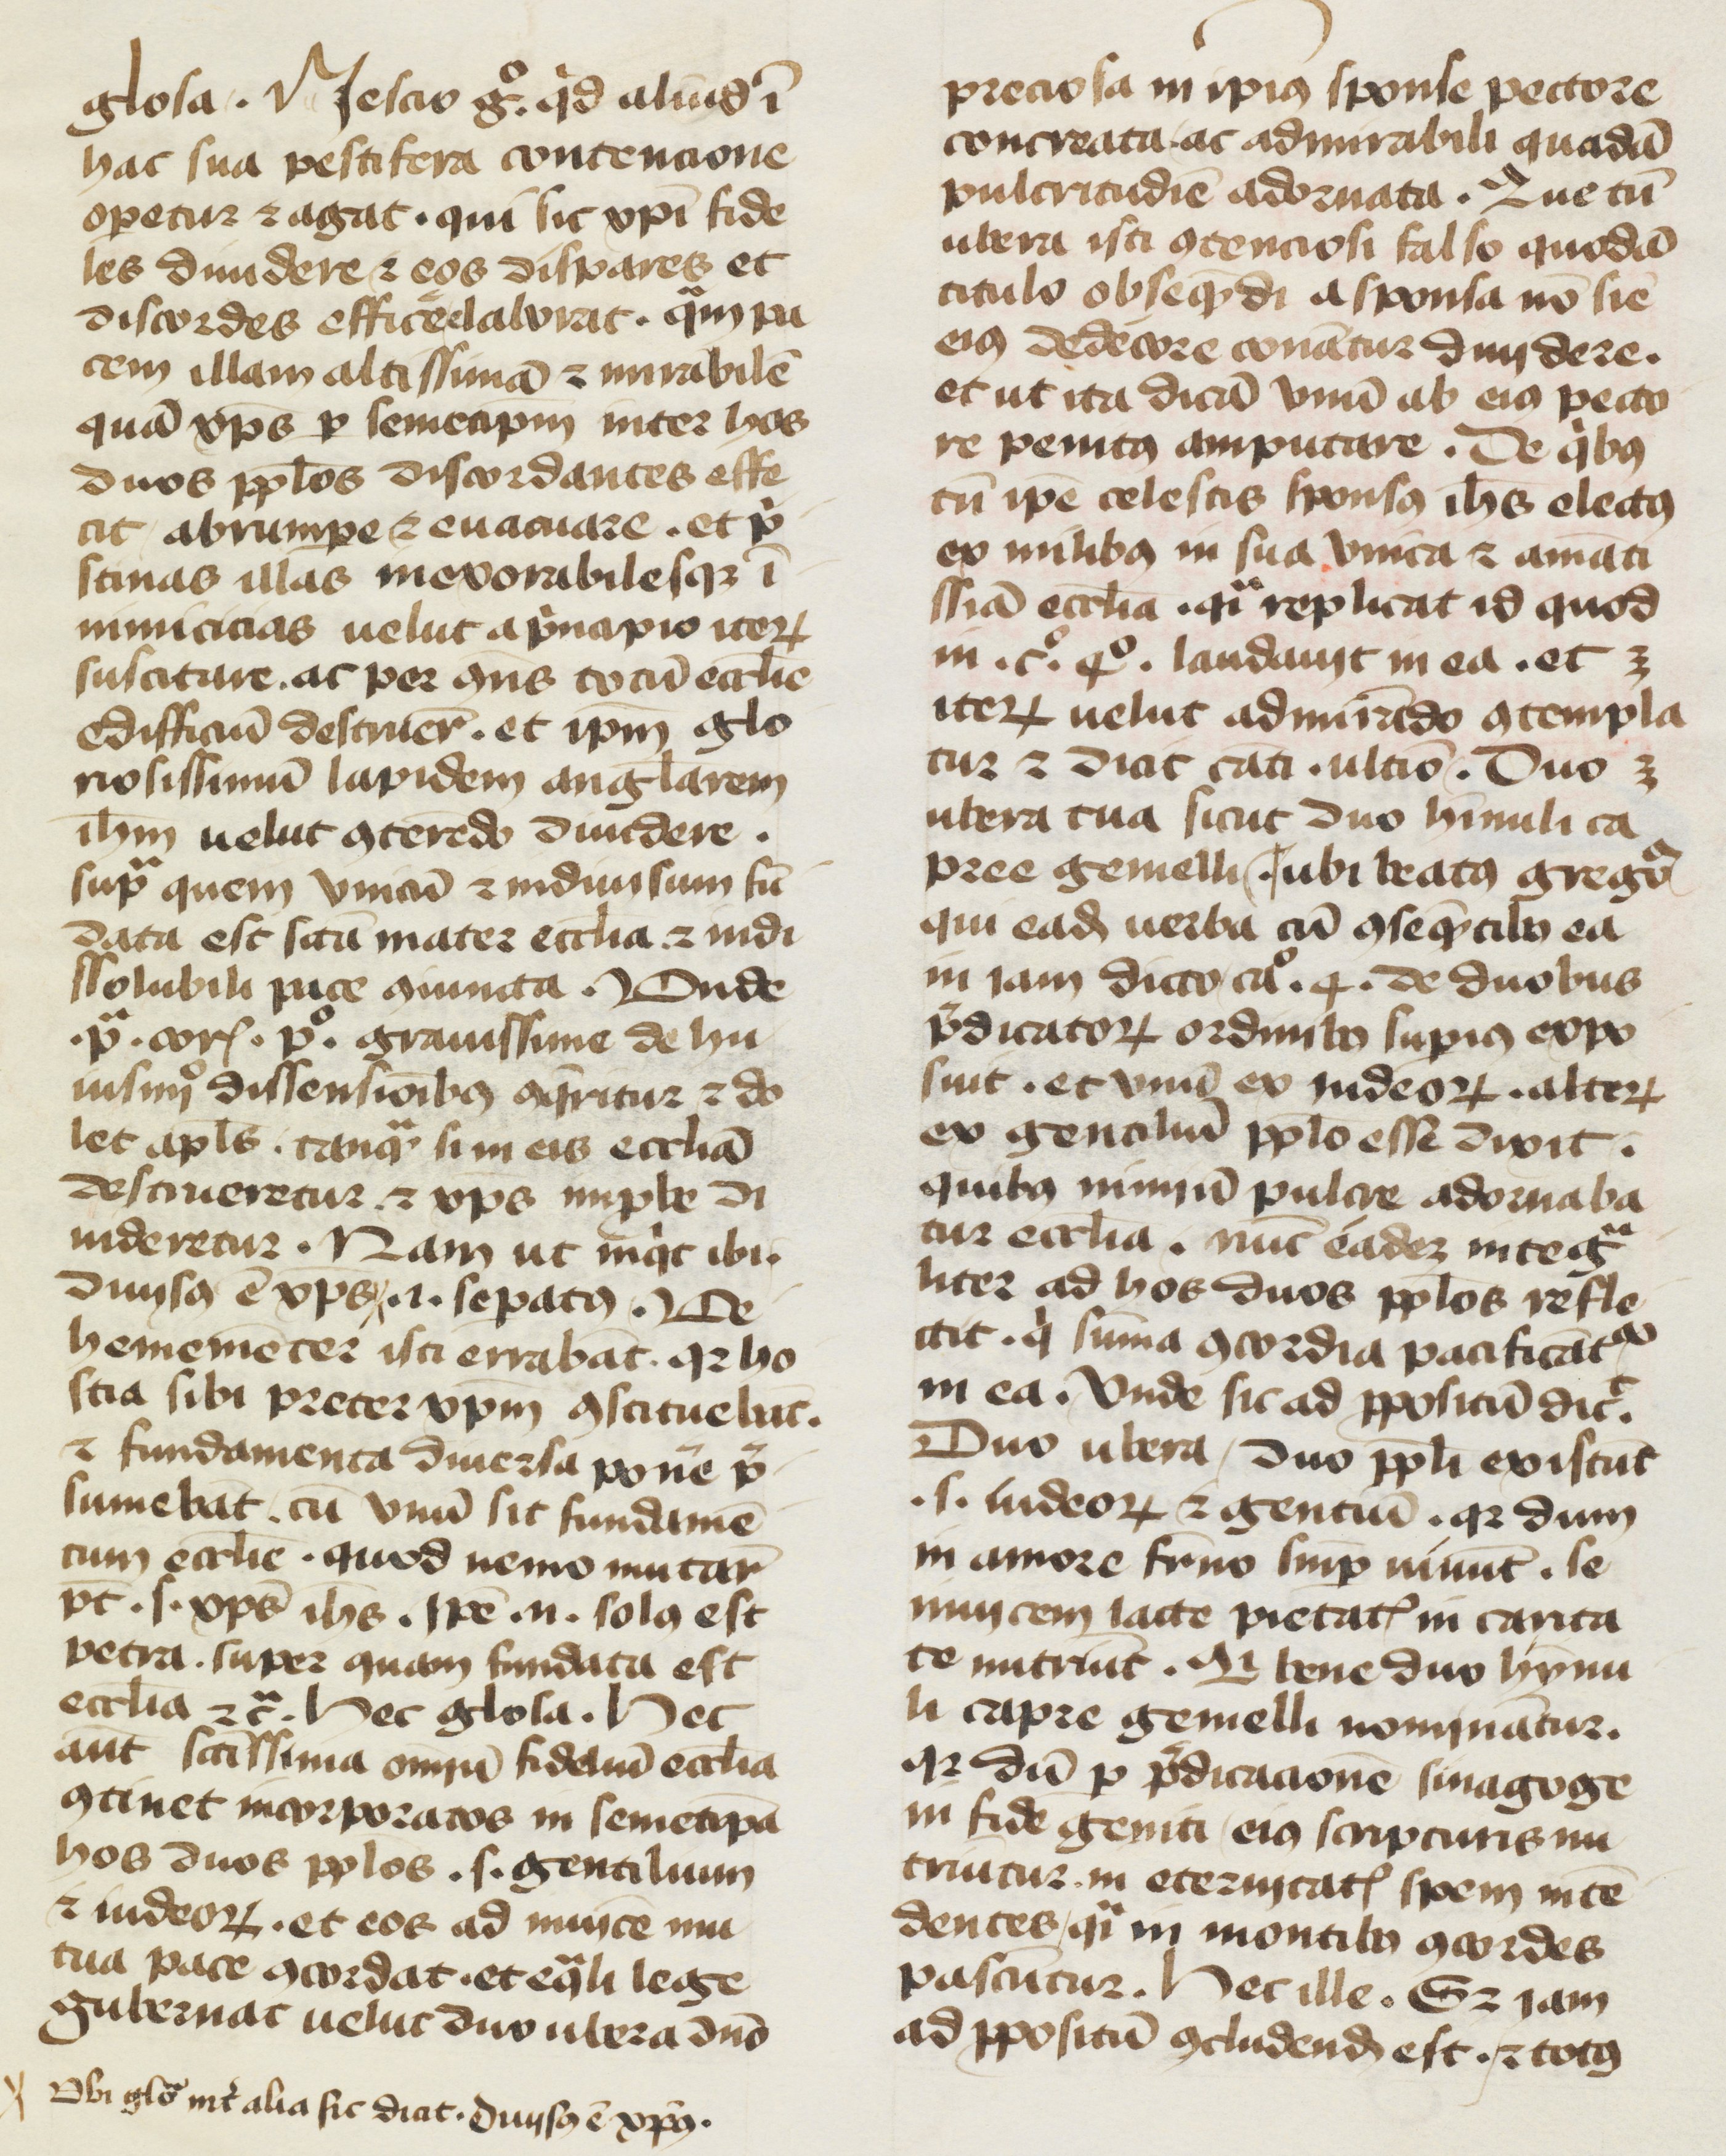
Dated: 1400–1499